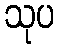
သုပ